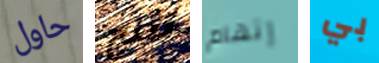
حاول تثلج إتهام بي